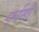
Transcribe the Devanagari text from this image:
गुर्नसी